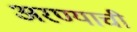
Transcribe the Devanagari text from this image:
अरण्याची